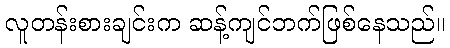
လူတန်းစားချင်းက ဆန့်ကျင်ဘက်ဖြစ်နေသည်။